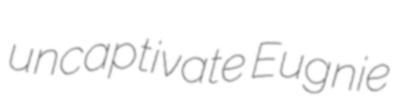
uncaptivate Eugnie